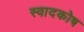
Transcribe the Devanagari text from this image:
स्वादकोष